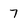
Character: 7